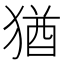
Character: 猶